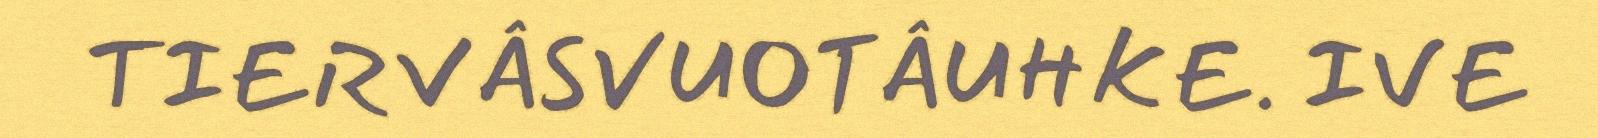
TIERVÂSVUOTÂUHKE. IVE